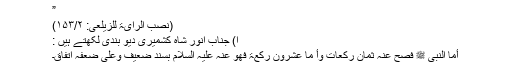
”
(نصب الرایۃ للزیلعی: ۱۵۳/۲)
ا) جناب انور شاہ کشمیری دیو بندی لکھتے ہیں :
أما النّبیّ ﷺ فصحّ عنہ ثمان رکعات وأ مّا عشرون رکعۃ فھو عنہ علیہ السّلام بسند ضعیف وعلی ضعفہ اتّفاق۔